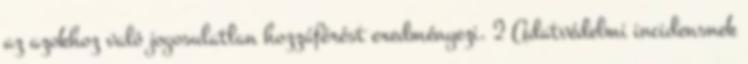
az azokhoz való jogosulatlan hozzáférést eredményezi. 2 Adatvédelmi incidensnek